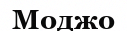
Моджо